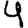
Digit: 4